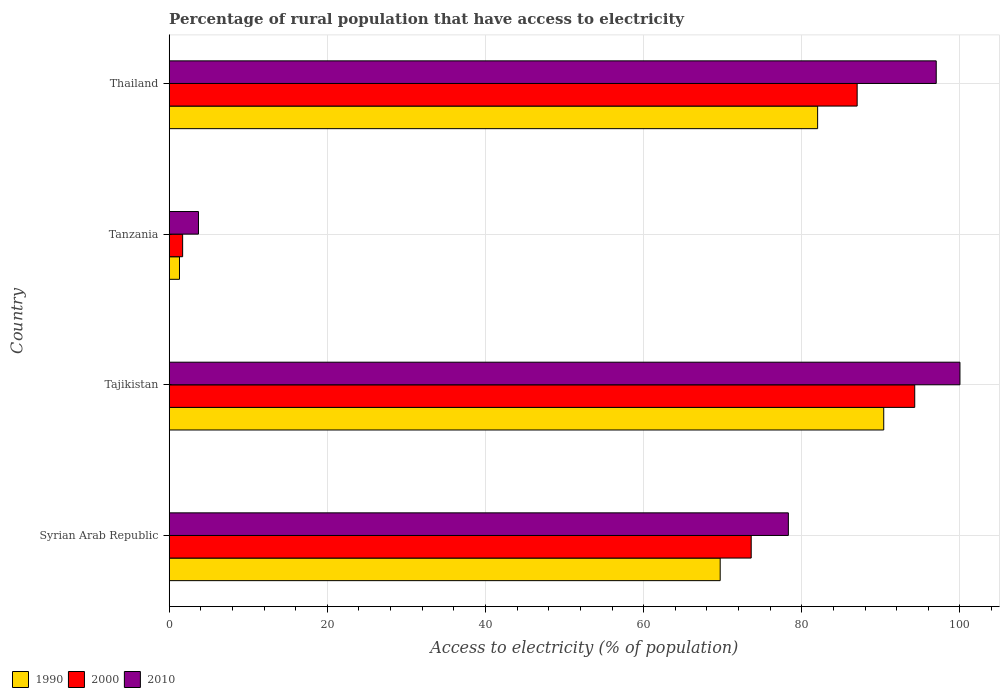
| Country | 1990 | 2000 | 2010 |
 | --- | --- | --- | --- |
 | Syrian Arab Republic | 69.7 | 73.6 | 78.3 |
 | Tajikistan | 90.4 | 94.3 | 100 |
 | Tanzania | 1.3 | 1.7 | 3.7 |
 | Thailand | 82 | 87 | 97 |